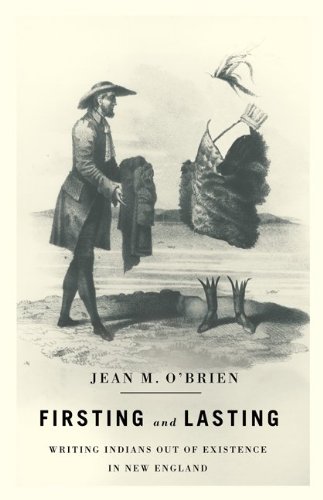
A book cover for Firsting and Lasting: Writing Indians out of Existence in New England (Indigenous Americas); Jean M. OEEBrien; History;